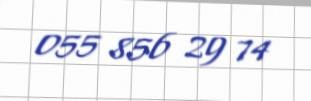
055 856 29 74